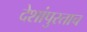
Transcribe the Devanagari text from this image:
देशांपुरताच